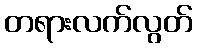
တရားလက်လွတ်